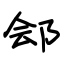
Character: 郐